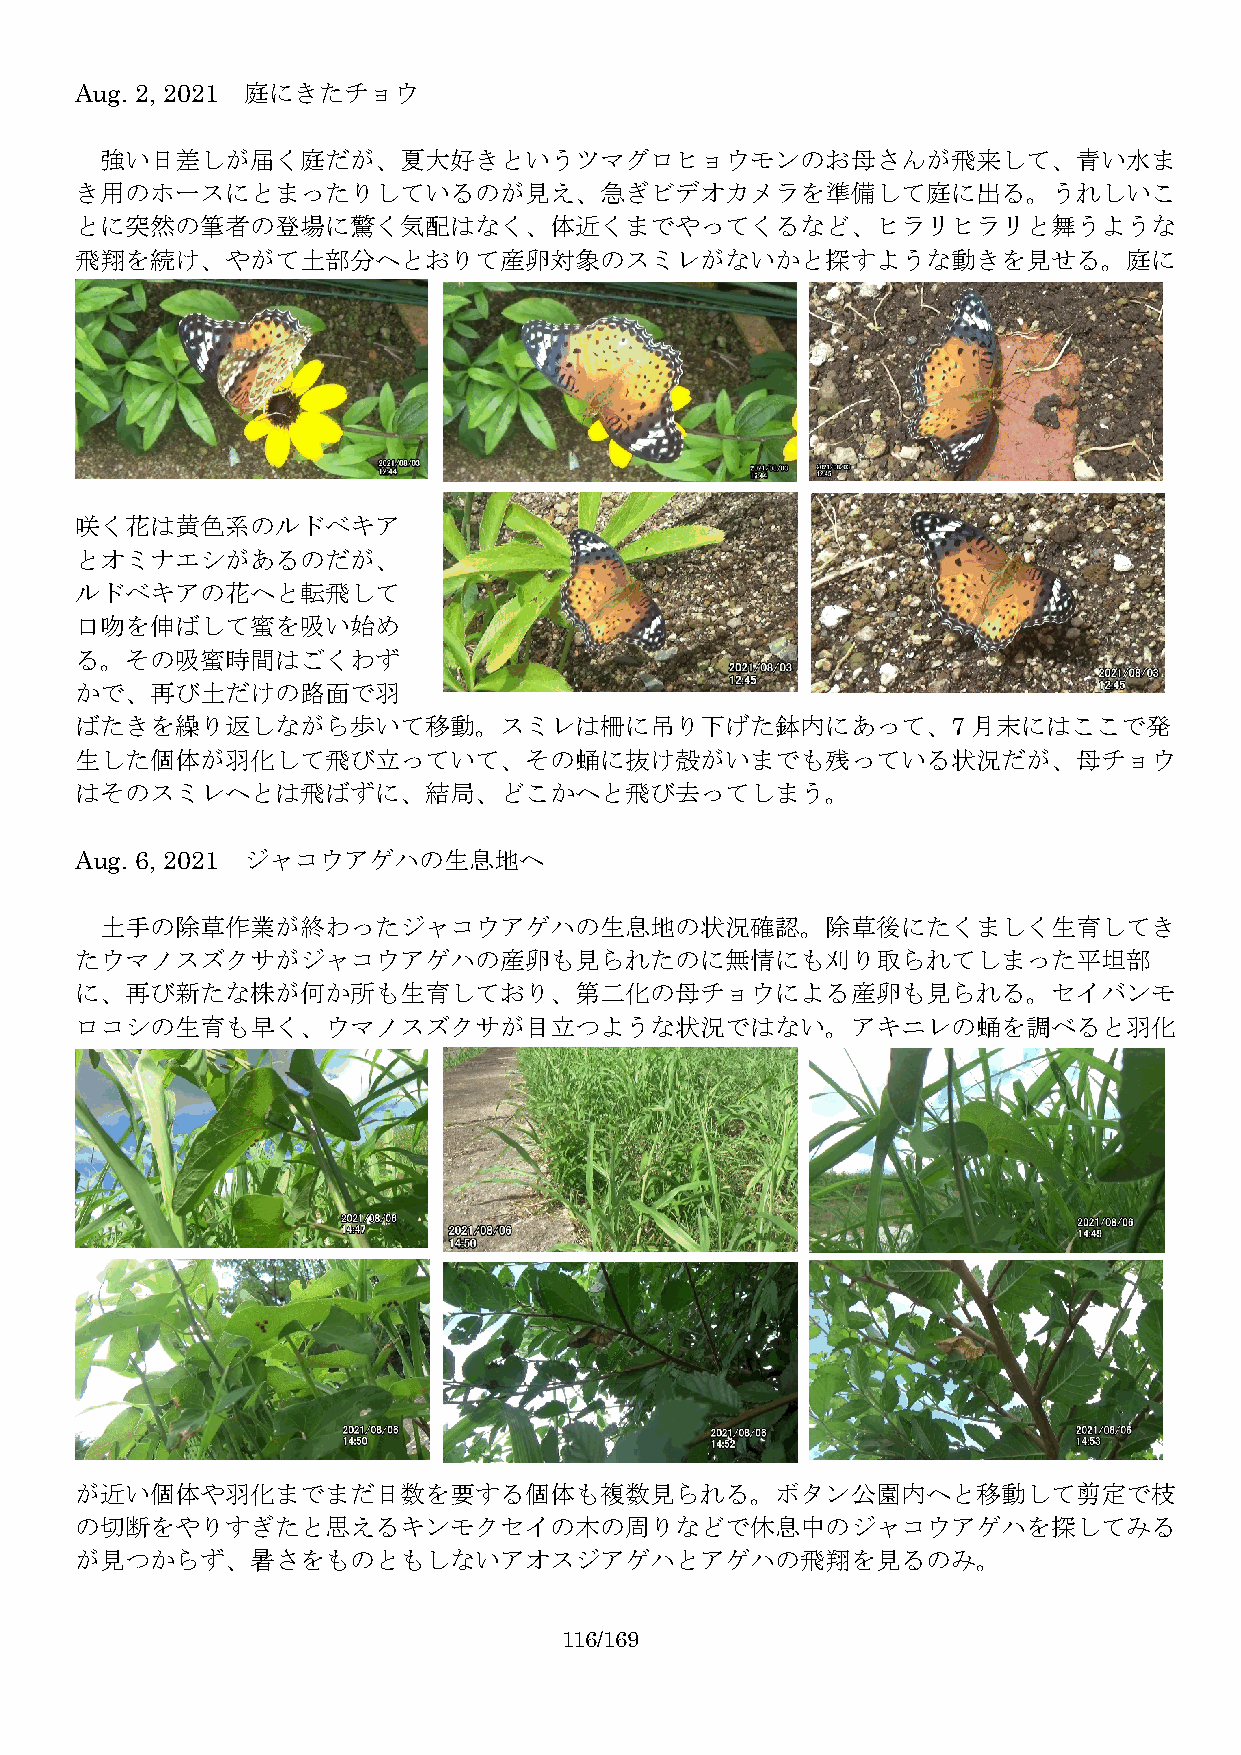
Aug. 2, 2021 庭にきたチョウ
 強い日差しが届く庭だが、夏大好きというツマグロヒョウモンのお母さんが飛来して、青い水ま
 き用のホースにとまったりしているのが見え、急ぎビデオカメラを準備して庭に出る。うれしいこ
 とに突然の筆者の登場に驚く気配はなく、体近くまでやってくるなど、ヒラリヒラリと舞うような
 飛翔を続け、やがて土部分へとおりて産卵対象のスミレがないかと探すような動きを見せる。庭に
 咲く花は黄色系のルドベキア
 とオミナエシがあるのだが、
 ルドベキアの花へと転飛して
 口吻を伸ばして蜜を吸い始め
 る。その吸蜜時間はごくわず
 かで、再び土だけの路面で羽
 ばたきを繰り返しながら歩いて移動。スミレは柵に吊り下げた鉢内にあって、7                       月末にはここで発
 生した個体が羽化して飛び立っていて、その蛹に抜け殻がいまでも残っている状況だが、母チョウ
 はそのスミレへとは飛ばずに、結局、どこかへと飛び去ってしまう。
 Aug. 6, 2021 ジャコウアゲハの生息地へ
 土手の除草作業が終わったジャコウアゲハの生息地の状況確認。除草後にたくましく生育してき
 たウマノスズクサがジャコウアゲハの産卵も見られたのに無情にも刈り取られてしまった平坦部
 に、再び新たな株が何か所も生育しており、第二化の母チョウによる産卵も見られる。セイバンモ
 ロコシの生育も早く、ウマノスズクサが目立つような状況ではない。アキニレの蛹を調べると羽化
 が近い個体や羽化までまだ日数を要する個体も複数見られる。ボタン公園内へと移動して剪定で枝
 の切断をやりすぎたと思えるキンモクセイの木の周りなどで休息中のジャコウアゲハを探してみる
 が見つからず、暑さをものともしないアオスジアゲハとアゲハの飛翔を見るのみ。
 116/169